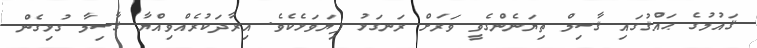
ޤައުމުގެ ޙައްޤުގައި ޤާސިމް ތިޔަނެންގެވީ ވަރަށް ރަނގަޅު ފިޔަވަޅެކެވެ. އިރާދަކުރެއްވިއްޔާ ޤާސިމާ ގުޅިގެން